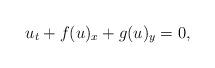
LaTeX: \begin{align*}u_t+f(u)_x+g(u)_y=0,\end{align*}